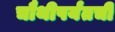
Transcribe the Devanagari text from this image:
चौथीपर्यंतची